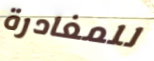
للمغادرة